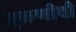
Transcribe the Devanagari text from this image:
जुळणीची